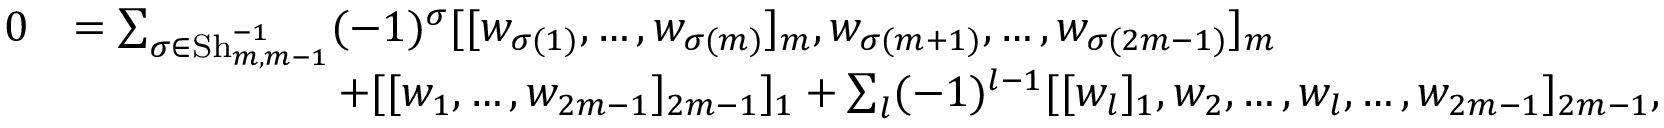
\begin{array} { r l } { 0 } & { = \sum _ { \sigma \in \operatorname { S h } _ { m , m - 1 } ^ { - 1 } } ( - 1 ) ^ { \sigma } [ [ w _ { \sigma ( 1 ) } , \dotsc , w _ { \sigma ( m ) } ] _ { m } , w _ { \sigma ( m + 1 ) } , \dotsc , w _ { \sigma ( 2 m - 1 ) } ] _ { m } } \\ & { \ \ \ \ \ \ \ \ \ \ \ \ \ \ \ \ \ \ + [ [ w _ { 1 } , \dotsc , w _ { 2 m - 1 } ] _ { 2 m - 1 } ] _ { 1 } + \sum _ { l } ( - 1 ) ^ { l - 1 } [ [ w _ { l } ] _ { 1 } , w _ { 2 } , \dotsc , w _ { l } , \dotsc , w _ { 2 m - 1 } ] _ { 2 m - 1 } , } \end{array}